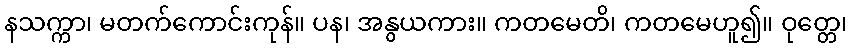
နသက္ကာ၊ မတက်ကောင်းကုန်။ ပန၊ အနွယကား။ ကတမေတိ၊ ကတမေဟူ၍။ ဝုတ္တေ၊